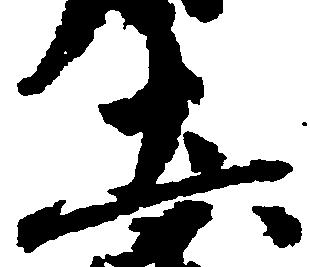
土